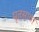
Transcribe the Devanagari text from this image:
मृतसाठा